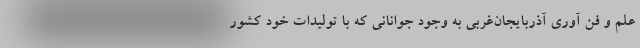
علم و فن آوری آذربایجان‌غربی به وجود جوانانی که با تولیدات خود کشور